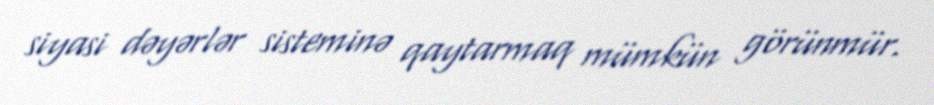
siyasi dəyərlər sisteminə qaytarmaq mümkün görünmür.